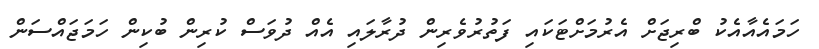
ހަމައެއާއެކު ބްރިޖަށް އެރުމަށްޓަކައި ފަތުރުވެރިން ދުރާލައި އެއް ދުވަސް ކުރިން ބުކިން ހަމަޖައްސަން